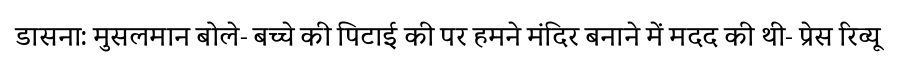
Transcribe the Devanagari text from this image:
डासना: मुसलमान बोले- बच्चे की पिटाई की पर हमने मंदिर बनाने में मदद की थी- प्रेस रिव्यू